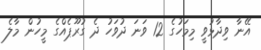
އޭނާ ވިދާޅުވީ މިމަހުގެ 12 ވަނަ ދުވަހު ދެ ގުރޫޕެއްގެ މީހުން މާލެ